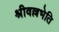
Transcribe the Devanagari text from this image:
श्रीवल्लभेति